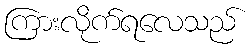
ကြားလိုက်ရလေသည်